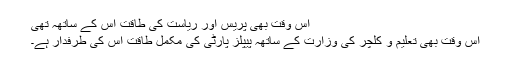
اس وقت بھی پریس اور ریاست کی طاقت اس کے ساتھہ تھی
اس وقت بھی تعلیم و کلچر کی وزارت کے ساتھہ پیپلز پارٹی کی مکمل طاقت اس کی طرفدار ہے۔